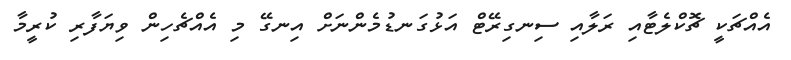
އެއްޗަކީ ޗޮކްލެޓާއި ރަލާއި ސިނގިރޭޓް އަޅުގަނޑުމެންނަށް އިނގޭ މި އެއްޗެހިން ވިޔަފާރި ކުރީމާ